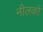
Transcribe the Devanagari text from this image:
नीलकों